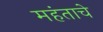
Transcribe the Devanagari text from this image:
महंताचे